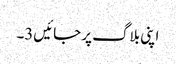
اپنی بلاگ پر جائیں3۔